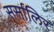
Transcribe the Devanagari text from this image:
सर्सालिर